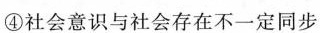
④社会意识与社会存在不一定同步